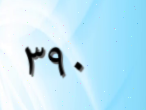
٣٩٠